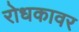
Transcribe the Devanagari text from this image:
रोधकावर